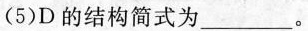
(5)D的结构简式为____。